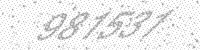
Solution: 981531